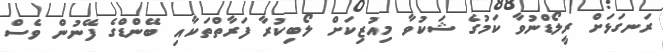
ރަނގަޅަށް ރީލޯޑްނުވާ ކަމުގެ ޝަކުވާ މިއުޒިކަށް ލޯބިކުރާ ފަރާތްތަކާއި ބޭންޑްގެ ފޭނުން ވެސް